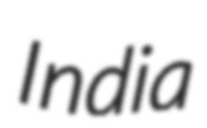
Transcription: India